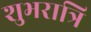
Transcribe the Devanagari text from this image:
शुभरात्रि